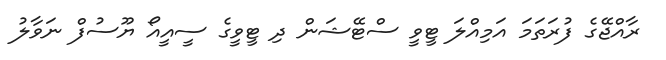
ރާއްޖޭގެ ފުރަތަމަ އަމިއްލަ ޓީވީ ސްޓޭޝަން ދި ޓީވީގެ ސީއީއޯ ޔޫސުފް ނަވާލު